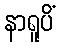
နာရူပိံ